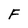
Character: F